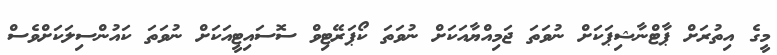
މީގެ އިތުރަށް ޕާޓްނާޝިޕަކަށް ނުވަތަ ޖަމިއްޔާއަކަށް ނުވަތަ ކޯޕަރޭޓިވް ސޮސައިޓީއަކަށް ނުވަތަ ކައުންސިލަކަށްވެސް